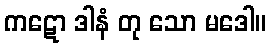
ကဋော ဒါနံ တု သော မဒေါ။